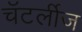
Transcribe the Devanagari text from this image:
चॅटर्लीज